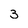
Character: 3